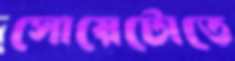
সোয়েটোতে